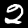
Label: 2